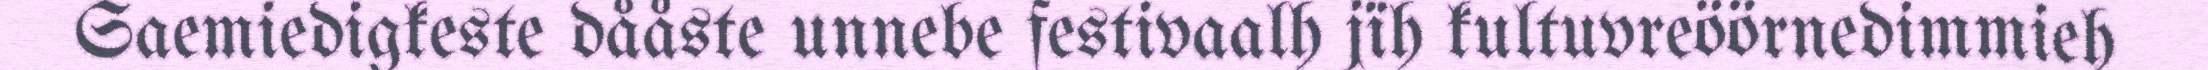
Saemiedigkeste dååste unnebe festivaalh jïh kultuvreöörnedimmieh